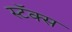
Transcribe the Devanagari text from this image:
स्टॅक्स